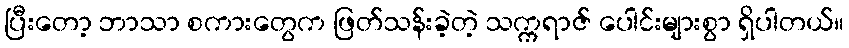
ပြီးတော့ ဘာသာ စကားတွေက ဖြတ်သန်းခဲ့တဲ့ သက္ကရာဇ် ပေါင်းများစွာ ရှိပါတယ်။